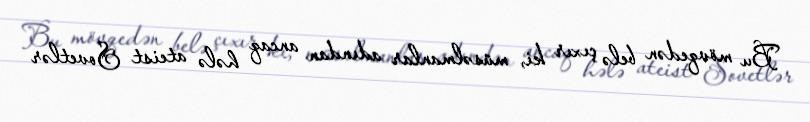
Bu mövqedən belə çıxır ki, müsəlmanlar adından ancaq hələ ateist Sovetlər